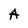
Character: A